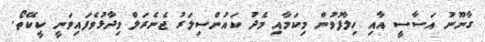
ގާނޫނު އަަސާސީ އާއި ހިލާފުވުން މިކަމާއި މެދު ކައުންސިލަރު ޖެނެރަލް ވިދާޅުވެފައިވަނީ ކީކޭތޯ.